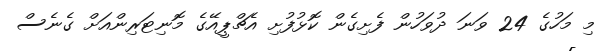
މި މަހުގެ 24 ވަނަ ދުވަހުން ފެށިގެން ކޮޅުފުށި އެޗްޕީއޭގެ މޮނިޓަރިންއަށް ގެނެސް